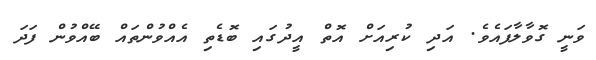
ވަނީ ގޮވާލާފައެވެ. އަދި ކުރިއަށް އޮތް އީދުގައި ބޮޑެތި އެއްވުންތައް ބޭއްވުން ފަދަ